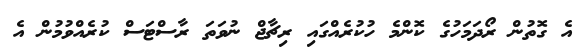
އެ ގޮތުން ރޯދަމަހުގެ ކޮންމެ ހުކުރެއްގައި ރިޗާޖް ނުވަތަ ރާސްޓަސް ކުރެއްވުމުން އެ